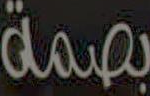
بصمة